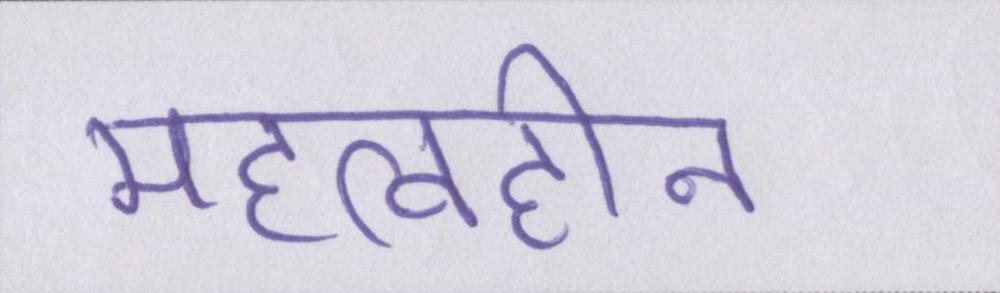
महत्वहीन